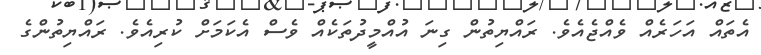
އެތައް އަހަރެއް ވެއްޖެއެވެެ. ރައްޔިތުން ގިނަ އުއްމީދުތަކެއް ވެސް އެކަމަށް ކުރިއެވެ. ރައްޔިތުންގެ